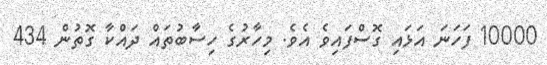
10000 ފަހަނަ އަޅައި ގޮސްފައިވެ އެވެ. މިހާރުގެ ހިސާބުތައް ދައްކާ ގޮތުން 434